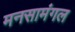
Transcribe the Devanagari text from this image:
मनसामंगल